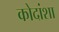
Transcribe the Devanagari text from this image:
कोदांशा